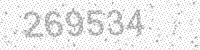
Solution: 269534